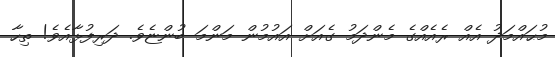
މުޙައްމަދު އެއް ރެއެއްގެ މެންދަމު ގެއަށް އައުމުން މަންމަ ބުންޏެވެ. ދަރިފުޅާއެވެ! ތިހާ